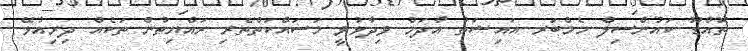
ތޮއްޑޫ ކައުންސިލް މެމްބަރ އައިޝަތު އާދަމް ވިދާޅުވީ މަސައްކަތްތެރި ރައްޔިތުން ތަކެއް ދިރިއުޅޭ